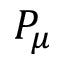
P _ { \mu }